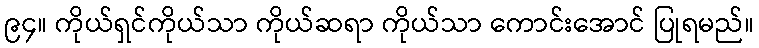
၉၄။ ကိုယ်ရှင်ကိုယ်သာ ကိုယ်ဆရာ ကိုယ်သာ ကောင်းအောင် ပြုရမည်။